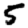
Digit: 5